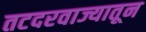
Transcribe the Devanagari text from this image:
तटदरवाज्यातून